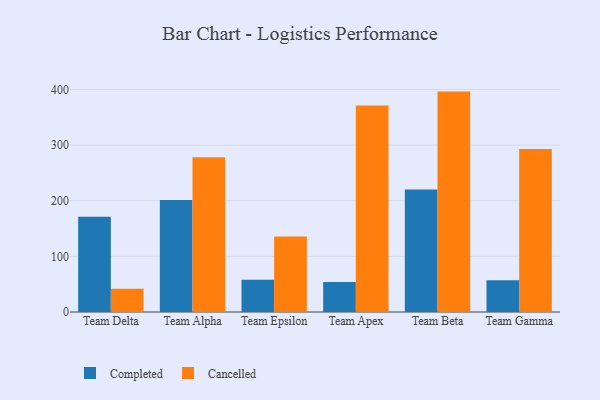
{"axis": {"x": "Team", "y": "Churn Rate (%)"}, "legend": ["Cancelled", "Completed"], "data": [{"x": "Team Delta", "y": 171.3, "type": "Completed"}, {"x": "Team Delta", "y": 42.0, "type": "Cancelled"}, {"x": "Team Alpha", "y": 201.4, "type": "Completed"}, {"x": "Team Alpha", "y": 278.2, "type": "Cancelled"}, {"x": "Team Epsilon", "y": 58.1, "type": "Completed"}, {"x": "Team Epsilon", "y": 135.5, "type": "Cancelled"}, {"x": "Team Apex", "y": 54.1, "type": "Completed"}, {"x": "Team Apex", "y": 371.1, "type": "Cancelled"}, {"x": "Team Beta", "y": 220.1, "type": "Completed"}, {"x": "Team Beta", "y": 396.2, "type": "Cancelled"}, {"x": "Team Gamma", "y": 56.9, "type": "Completed"}, {"x": "Team Gamma", "y": 293.1, "type": "Cancelled"}]}